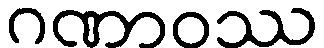
ဂဏာဝဿ